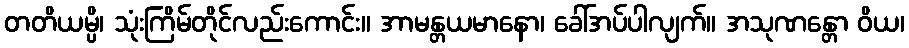
တတိယမ္ပိ၊ သုံးကြိမ်တိုင်လည်းကောင်း။ အာမန္တယမာနော၊ ခေါ်အပ်ပါလျက်။ အသုဏန္တော ဝိယ၊